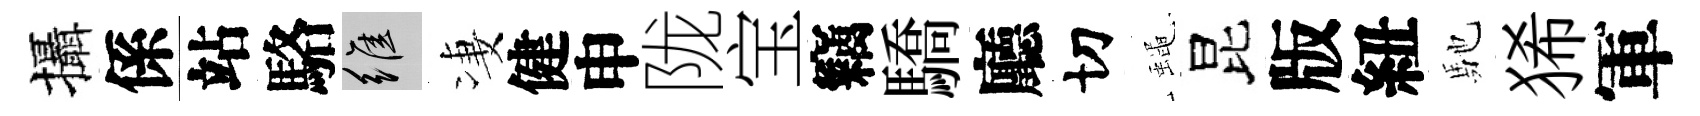
攝係站駱維凄健申陇宝竊驕廳切蠅昆版紐馳狶軍